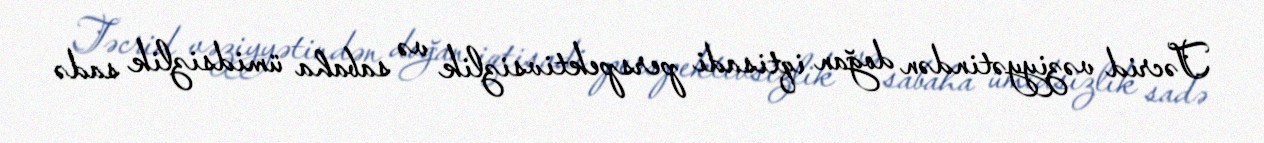
Təcrid vəziyyətindən doğan iqtisadi perspektivsizlik və sabaha ümidsizlik sadə